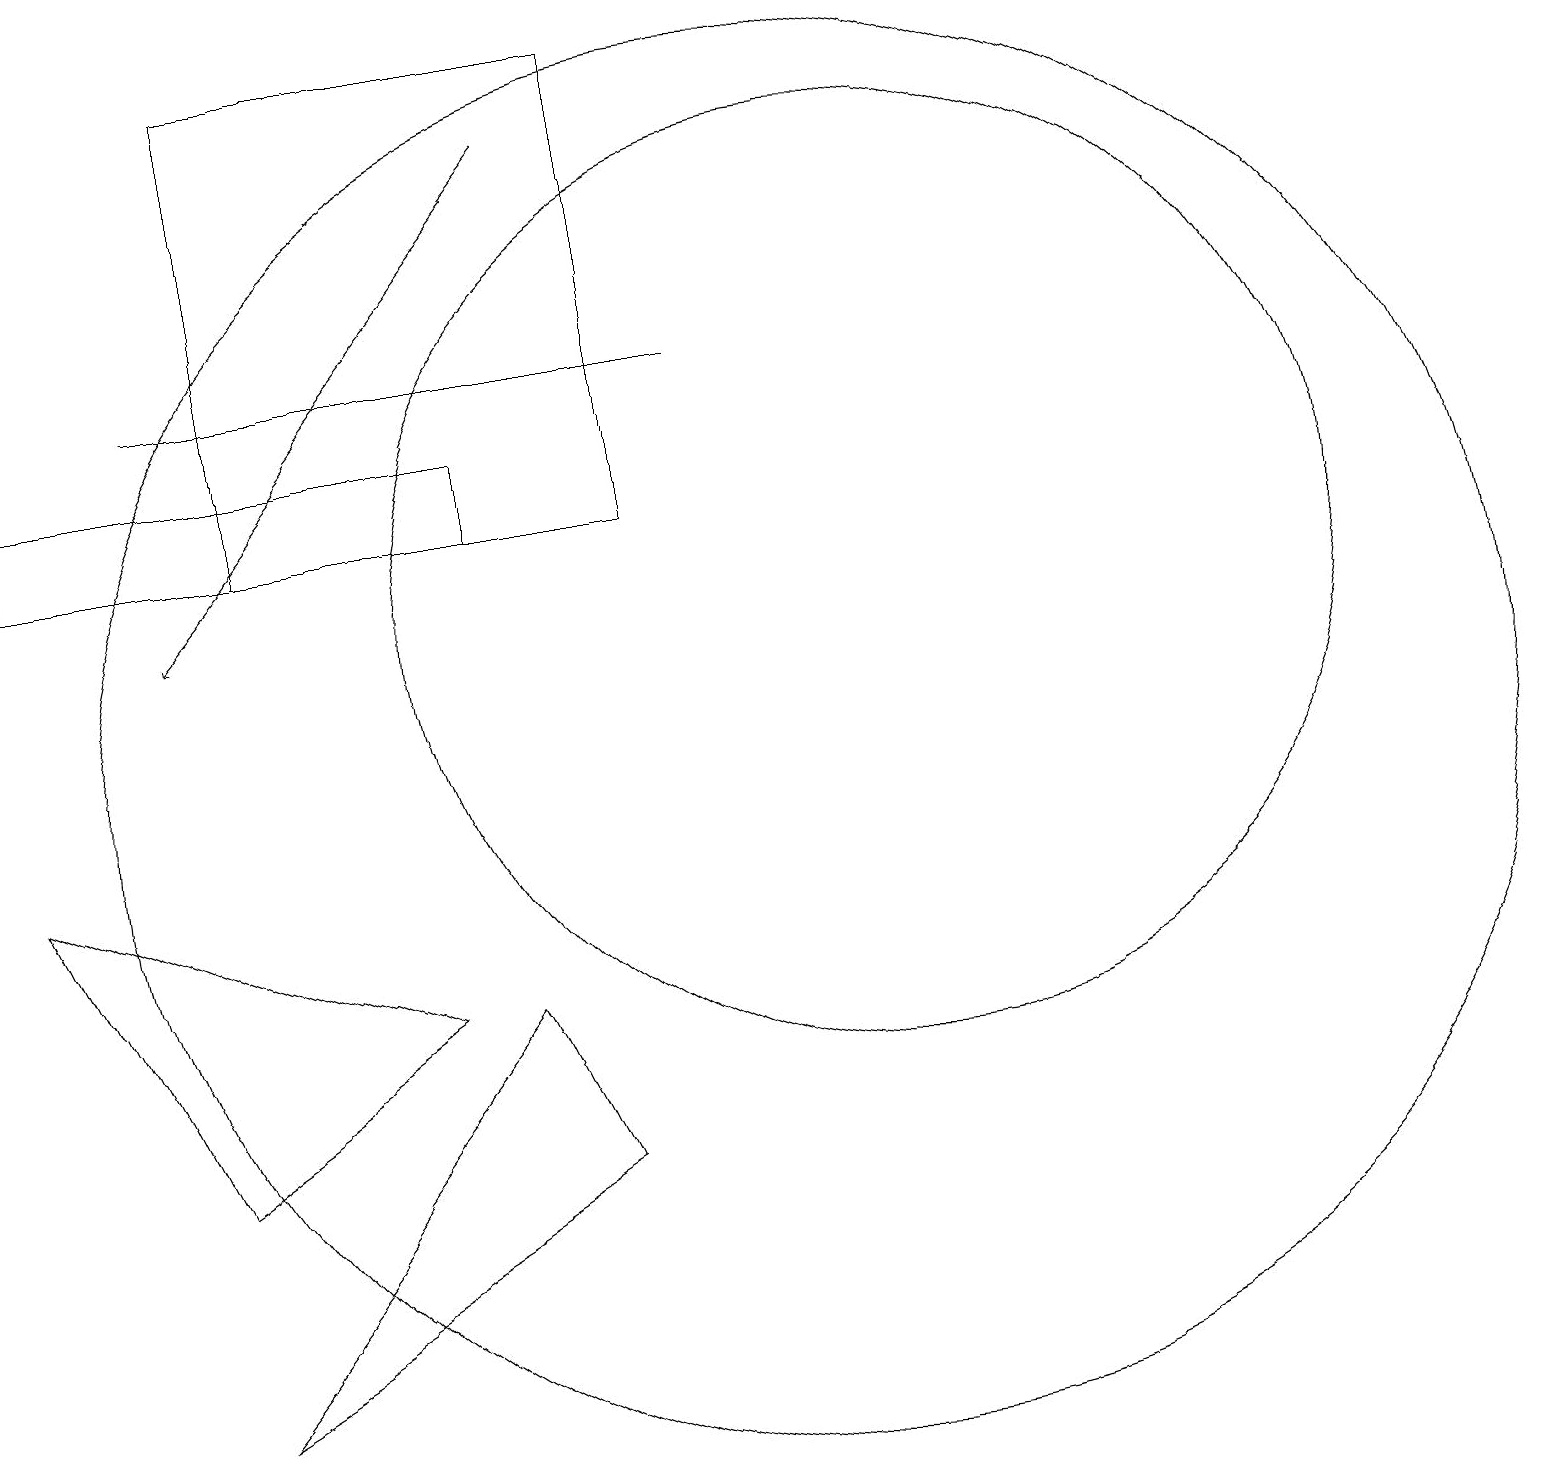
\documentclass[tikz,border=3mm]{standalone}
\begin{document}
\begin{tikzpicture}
\draw (3,19) rectangle (8,13);
\draw (6,14) rectangle (0,13);
\draw (5,7) -- (0,9) -- (2,5) -- cycle;
\draw (10,10) circle (9);
\draw (9,15) rectangle (2,15);
\draw[->] (7,18) -- (2,12);
\draw (2,2) -- (7,5) -- (6,7) -- cycle;
\draw (11,12) circle (6);
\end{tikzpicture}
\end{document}